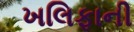
ખલિફાની